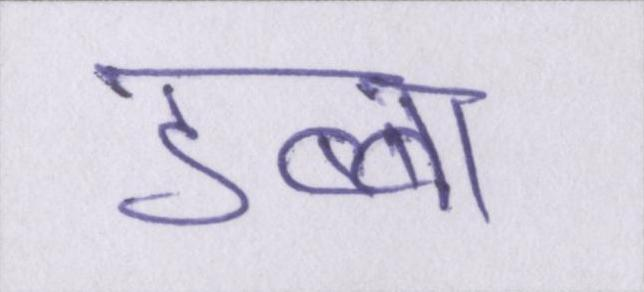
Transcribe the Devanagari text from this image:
डब्बा